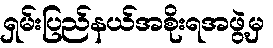
ရှမ်းပြည်နယ်အစိုးရအဖွဲ့မှ